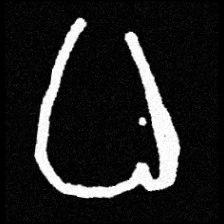
Pyu character \u2014 Myanmar letter: ဓ (romanized: dha)